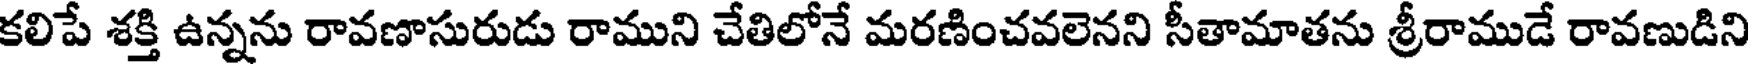
కలిపే శక్తి ఉన్నను రావణాసురుడు రాముని చేతిలోనే మరణించవలెనని సీతామాతను శ్రీరాముడే రావణుడిని